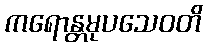
ကရောန္တမုပသေဝတိ